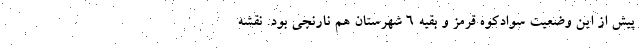
پیش از این وضعیت سوادکوه قرمز و بقیه 6 شهرستان هم نارنجی بود. نقشه